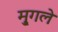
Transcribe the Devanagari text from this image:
मु्गले